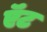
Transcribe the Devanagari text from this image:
ऍंट